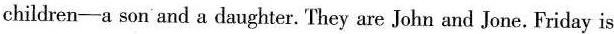
children—a son and a daughter. They are John and Jone. Friday is